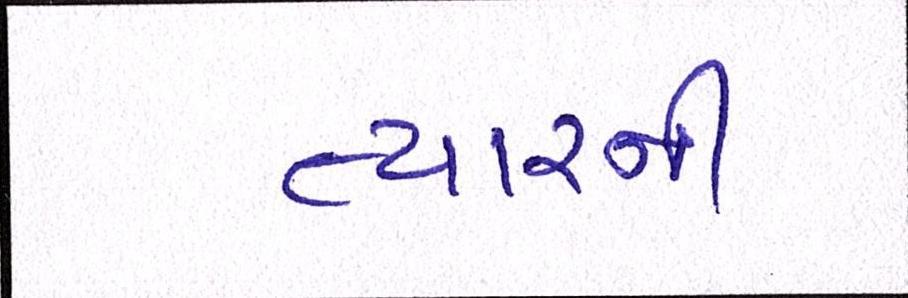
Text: ત્યારની